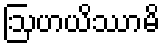
ဩဟယိဿာမိ